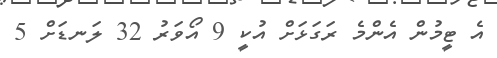
އެ ޓީމުން އެންމެ ރަގަޅަށް އުކީ 9 އޯވަރު 32 ލަނޑަށް 5